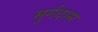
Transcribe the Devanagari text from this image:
मुर्गदास